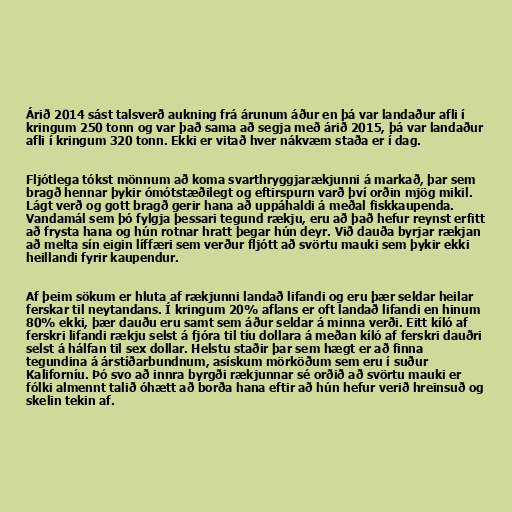
Árið 2014 sást talsverð aukning frá árunum áður en þá var landaður afli í
kringum 250 tonn og var það sama að segja með árið 2015, þá var landaður
afli í kringum 320 tonn. Ekki er vitað hver nákvæm staða er í dag.

Fljótlega tókst mönnum að koma svarthryggjarækjunni á markað, þar sem
bragð hennar þykir ómótstæðilegt og eftirspurn varð því orðin mjög mikil.
Lágt verð og gott bragð gerir hana að uppáhaldi á meðal fiskkaupenda.
Vandamál sem þó fylgja þessari tegund rækju, eru að það hefur reynst erfitt
að frysta hana og hún rotnar hratt þegar hún deyr. Við dauða byrjar rækjan
að melta sín eigin líffæri sem verður fljótt að svörtu mauki sem þykir ekki
heillandi fyrir kaupendur.

Af þeim sökum er hluta af rækjunni landað lifandi og eru þær seldar heilar
ferskar til neytandans. Í kringum 20% aflans er oft landað lifandi en hinum
80% ekki, þær dauðu eru samt sem áður seldar á minna verði. Eitt kíló af
ferskri lifandi rækju selst á fjóra til tíu dollara á meðan kíló af ferskri dauðri
selst á hálfan til sex dollar. Helstu staðir þar sem hægt er að finna
tegundina á árstíðarbundnum, asískum mörköðum sem eru í suður
Kaliforníu. Þó svo að innra byrgði rækjunnar sé orðið að svörtu mauki er
fólki almennt talið óhætt að borða hana eftir að hún hefur verið hreinsuð og
skelin tekin af.